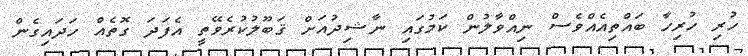
ހުރި ހުރިހާ ބައްތިއެއްވެސް ނިއްވާލުން ކަމުގައި ނާޝިދުއަށް ޤަބޫލުކުރެވޭތީ އެފަދަ ގޮތެއް ހަދައިގެން